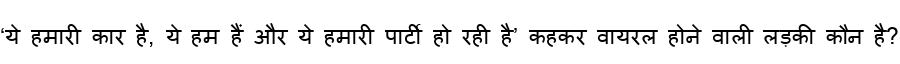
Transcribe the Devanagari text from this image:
‘ये हमारी कार है, ये हम हैं और ये हमारी पार्टी हो रही है’ कहकर वायरल होने वाली लड़की कौन है?